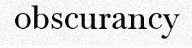
obscurancy